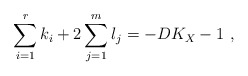
\begin{align*}\sum_{i=1}^rk_i+2\sum_{j=1}^ml_j=-DK_X-1\ ,\end{align*}